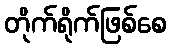
တိုက်ရိုက်ဖြစ်စေ